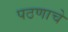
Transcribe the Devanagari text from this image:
पठणाचे